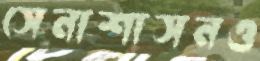
সেনাশাসনও